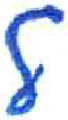
אות: ל